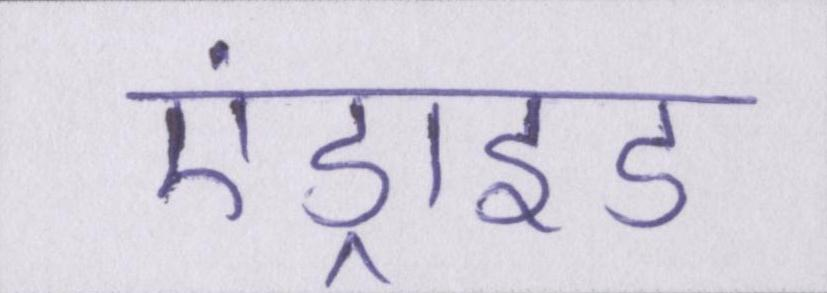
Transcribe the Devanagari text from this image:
एंड्राइड